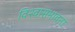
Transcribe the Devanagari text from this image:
विश्वासभावना